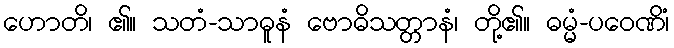
ဟောတိ၊ ၏။ သတံ-သာဓူနံ ဗောဓိသတ္တာနံ၊ တို့၏။ ဓမ္မံ-ပဝေဏိံ၊